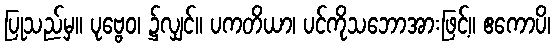
ပြုသည်မှ။ ပုဗ္ဗေဝ၊ ၌လျှင်။ ပကတိယာ၊ ပင်ကိုသဘောအားဖြင့်။ ဧကောပိ၊